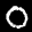
Label: 0